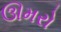
ઊમરો